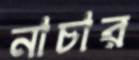
নাচার